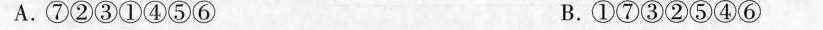
A.⑦②③①④⑤⑥ B.①⑦③②⑤④⑥